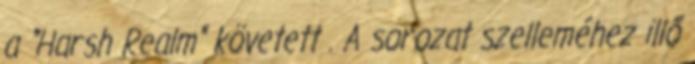
a "Harsh Realm" követett . A sorozat szelleméhez illő